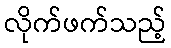
လိုက်ဖက်သည့်